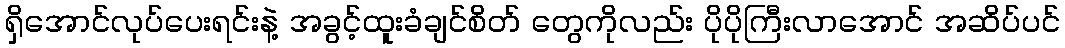
ရှိအောင်လုပ်ပေးရင်းနဲ့ အခွင့်ထူးခံချင်စိတ် တွေကိုလည်း ပိုပိုကြီးလာအောင် အဆိပ်ပင်